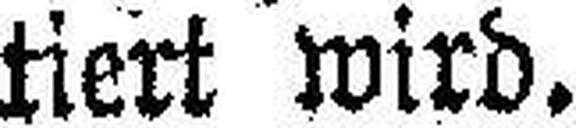
tiert wird.